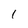
Character: l